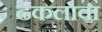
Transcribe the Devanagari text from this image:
ढकलावा